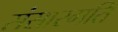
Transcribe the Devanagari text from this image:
संसारगति